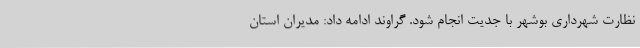
نظارت شهرداری بوشهر با جدیت انجام شود. گراوند ادامه داد: مدیران استان